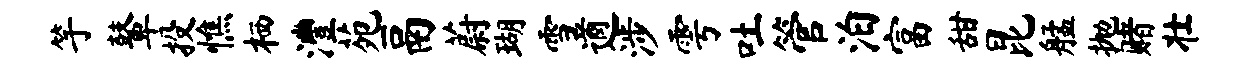
竽鼙投憔栖澧苑鬲蔚瑚雪遒涉雩吐管泊富甜昆艋抛赌壮